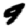
Digit: 9